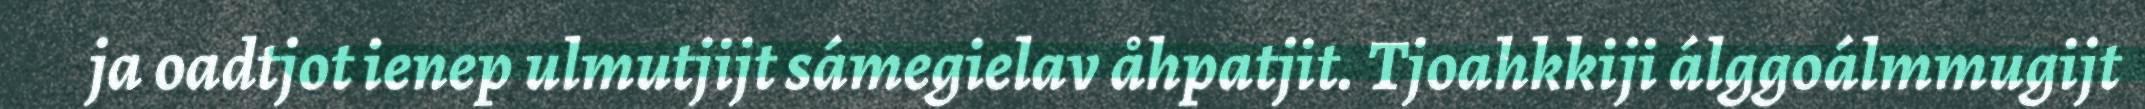
ja oadtjot ienep ulmutjijt sámegielav åhpatjit. Tjoahkkiji álggoálmmugijt